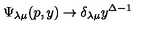
\Psi _ { \lambda \mu } ( p , y ) \rightarrow \delta _ { \lambda \mu } y ^ { \Delta - 1 }